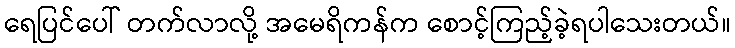
ရေပြင်ပေါ် တက်လာလို့ အမေရိကန်က စောင့်ကြည့်ခဲ့ရပါသေးတယ်။